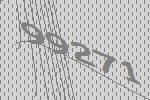
99271